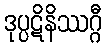
ဒုပ္ပဋိနိဿဂ္ဂီ